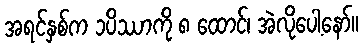
အရင်နှစ်က ၁ပိဿာကို ၈ ထောင်၊ အဲလိုပေါ့နော်။